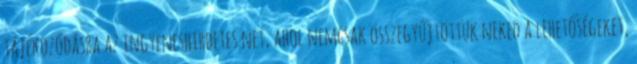
tájékozódásra az ingyeneshirdetes.net, ahol nemcsak összegyűjtöttük neked a lehetőségeket,